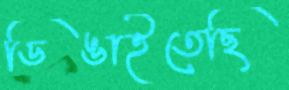
ডিঙাইতেছি